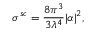
\sigma ^ { s c } = \frac { 8 \pi ^ { 3 } } { 3 \lambda ^ { 4 } } | \alpha | ^ { 2 } ,